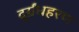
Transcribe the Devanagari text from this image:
दुर्ग्रंधहरण